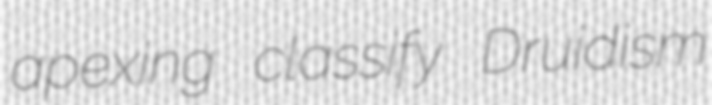
apexing classify Druidism